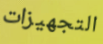
التجهيزات